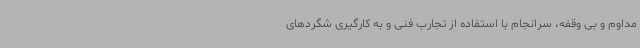
مداوم و بی وقفه، سرانجام با استفاده از تجارب فنی و به کارگیری شگردهای